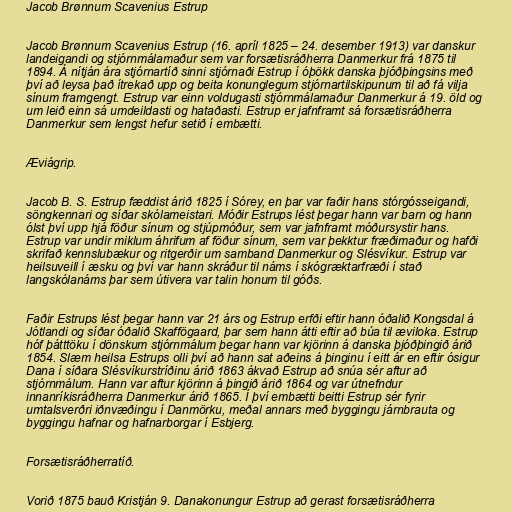
Jacob Brønnum Scavenius Estrup

Jacob Brønnum Scavenius Estrup (16. apríl 1825 – 24. desember 1913) var danskur
landeigandi og stjórnmálamaður sem var forsætisráðherra Danmerkur frá 1875 til
1894. Á nítján ára stjórnartíð sinni stjórnaði Estrup í óþökk danska þjóðþingsins með
því að leysa það ítrekað upp og beita konunglegum stjórnartilskipunum til að fá vilja
sínum framgengt. Estrup var einn voldugasti stjórnmálamaður Danmerkur á 19. öld og
um leið einn sá umdeildasti og hataðasti. Estrup er jafnframt sá forsætisráðherra
Danmerkur sem lengst hefur setið í embætti.

Æviágrip.

Jacob B. S. Estrup fæddist árið 1825 í Sórey, en þar var faðir hans stórgósseigandi,
söngkennari og síðar skólameistari. Móðir Estrups lést þegar hann var barn og hann
ólst því upp hjá föður sínum og stjúpmóður, sem var jafnframt móðursystir hans.
Estrup var undir miklum áhrifum af föður sínum, sem var þekktur fræðimaður og hafði
skrifað kennslubækur og ritgerðir um samband Danmerkur og Slésvíkur. Estrup var
heilsuveill í æsku og því var hann skráður til náms í skógræktarfræði í stað
langskólanáms þar sem útivera var talin honum til góðs.

Faðir Estrups lést þegar hann var 21 árs og Estrup erfði eftir hann óðalið Kongsdal á
Jótlandi og síðar óðalið Skaffögaard, þar sem hann átti eftir að búa til æviloka. Estrup
hóf þátttöku í dönskum stjórnmálum þegar hann var kjörinn á danska þjóðþingið árið
1854. Slæm heilsa Estrups olli því að hann sat aðeins á þinginu í eitt ár en eftir ósigur
Dana í síðara Slésvíkurstríðinu árið 1863 ákvað Estrup að snúa sér aftur að
stjórnmálum. Hann var aftur kjörinn á þingið árið 1864 og var útnefndur
innanríkisráðherra Danmerkur árið 1865. Í því embætti beitti Estrup sér fyrir
umtalsverðri iðnvæðingu í Danmörku, meðal annars með byggingu járnbrauta og
byggingu hafnar og hafnarborgar í Esbjerg.

Forsætisráðherratíð.

Vorið 1875 bauð Kristján 9. Danakonungur Estrup að gerast forsætisráðherra